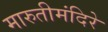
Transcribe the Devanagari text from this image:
मारुतीमंदिरे